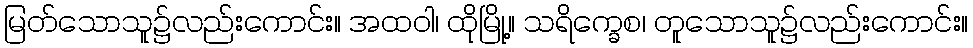
မြတ်သောသူ၌လည်းကောင်း။ အထဝါ၊ ထိုမြို့။ သရိက္ခေစ၊ တူသောသူ၌လည်းကောင်း။